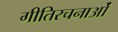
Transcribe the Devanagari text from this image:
गीतिरचनाओं